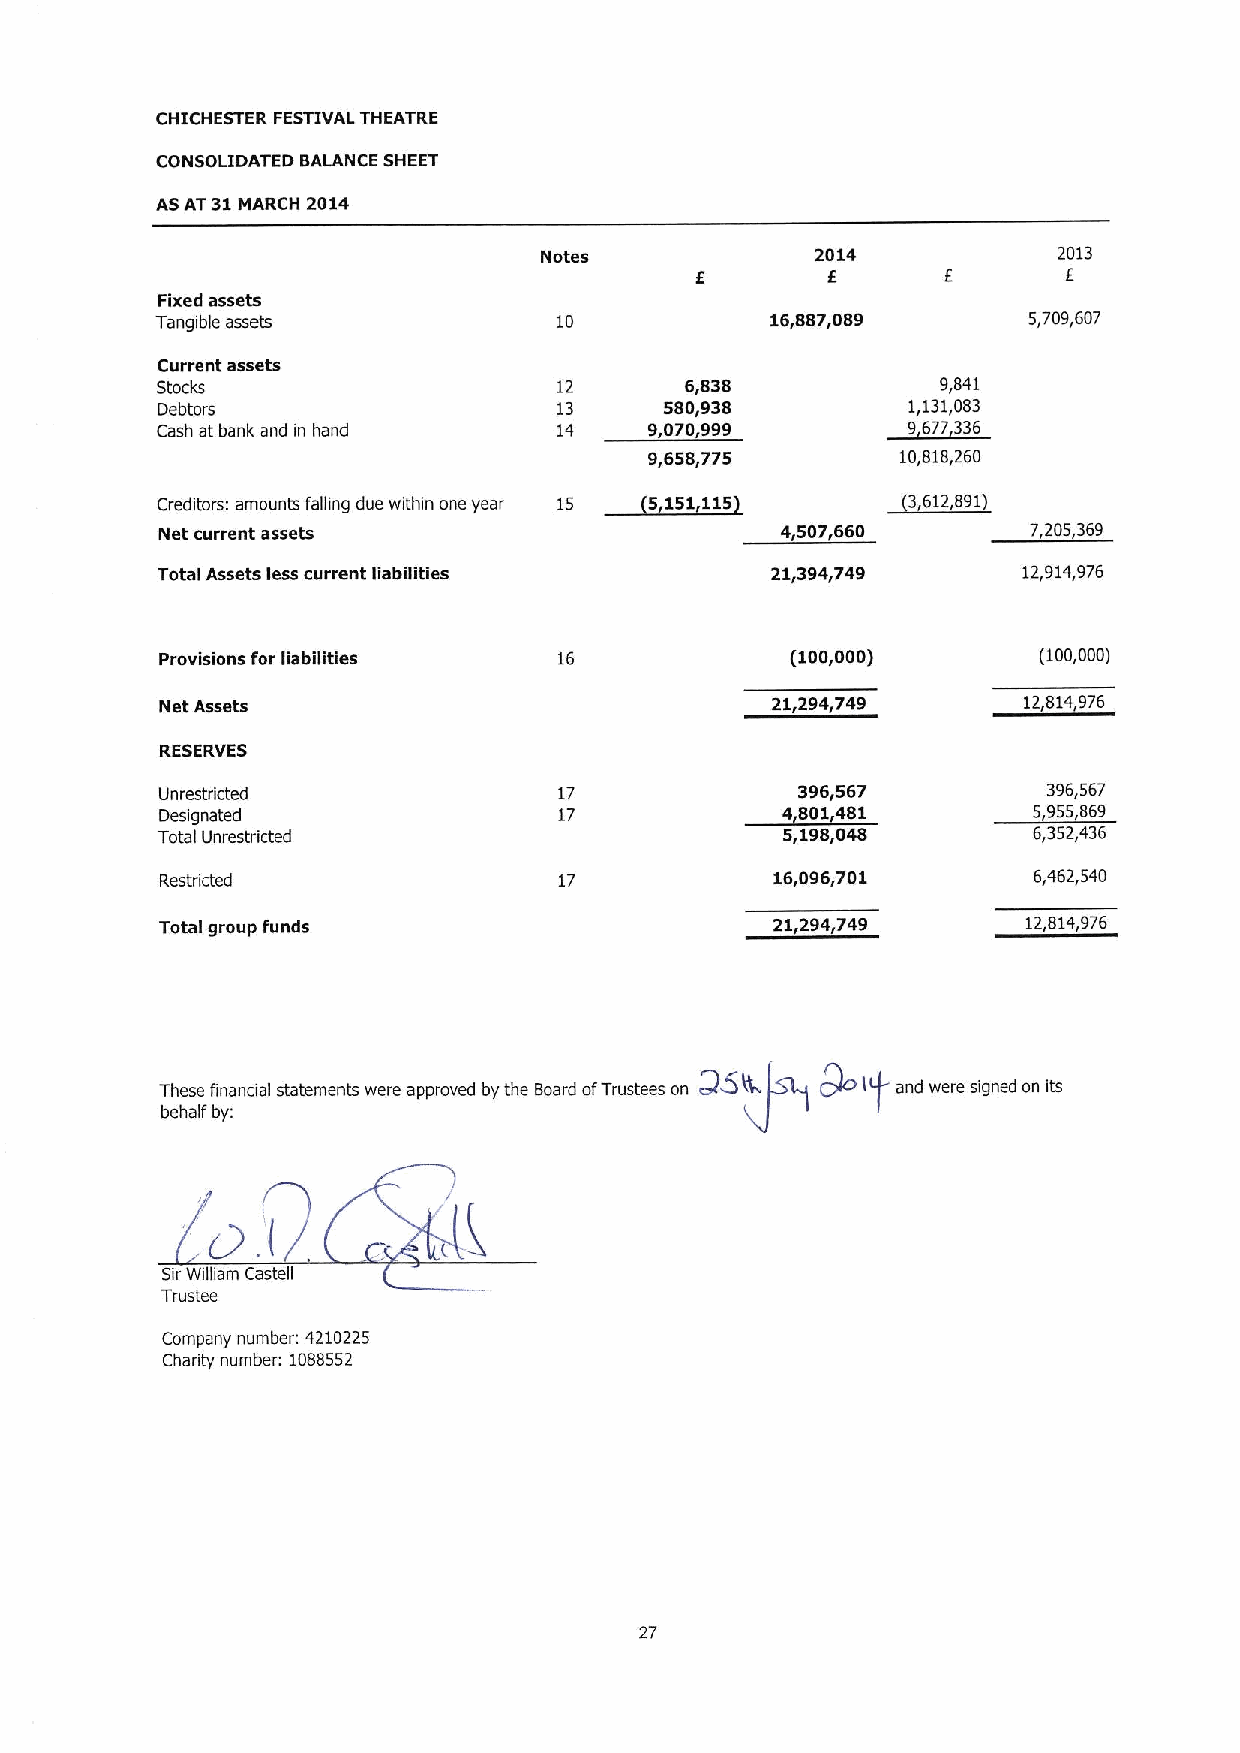
CHICHESTER FESTIVAL THEATRE
 CONSOLIDATED BALANCE SHEET
 AS AT 31MARCH 2014
 Notes             2014            2013
 I
 E
 Fixed assets
 Tangible assets            10            16,887,089       5,709,607
 Current assets
 Stocks                     12      6,838            9,841
 Debtors                    13     580,938         1,131,083
 Cash at bank and in hand   14 ~9,s070,9 )99        6773
 9,658,775        10,818,260
 Creditors: amounts falling due within one year 15 3612,891
 Net current assets                        4,507,660       7,205,369
 Total Assets less current liabilities    21,394,749       12,914,976
 Provisions for liabilities 16            (100,000)        (100,000)
 Net Assets                              21,294,749       12,814,976
 RESERVES
 Unrestricted              17              396,567         396,567
 Designated                17             4,801,481       5,955,869
 Total Unrestricted                        5,198,048       6,352,436
 Restricted                17            16,096,701       6,462,540
 Total group funds                       21,294,749       12,814,976
 «QSKP7POIf
 6  I  in         pp dd 6   d                     d    i d
 behalf by:
 D.
 (
 SirWilliam Castell
 Trustee
 Company number: 4210225
 Charity number: 1088552
 27